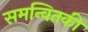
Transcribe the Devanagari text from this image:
समन्वितकी